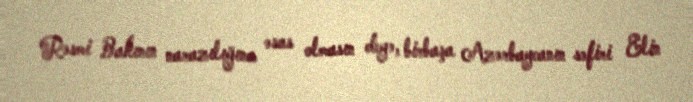
Rəsmi Bakının narazılığına əsas olmasın deyə, birbaşa Azərbaycanın səfiri Elin